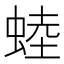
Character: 𧌉